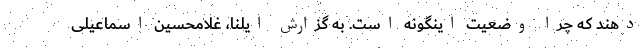
دهند که چرا وضعیت اینگونه است. به گزارش ایلنا، غلامحسین اسماعیلی